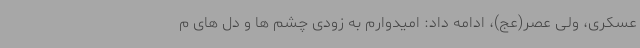
عسکری، ولی عصر(عج)، ادامه داد: امیدوارم به زودی چشم ها و دل های م